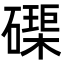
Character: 𮁊